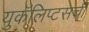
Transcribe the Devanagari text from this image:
युकॅलिप्टसची